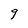
Character: 9